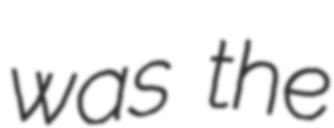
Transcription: was the